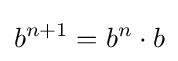
b^{n+1}=b^{n}\cdot b